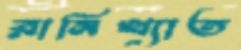
রানিখ্যাত